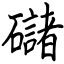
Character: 䃴